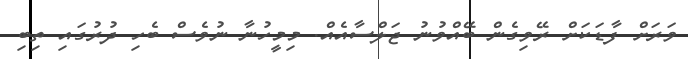
ވަރަށް ފާޑަކަށް ރޭވިގެން ބޭއްވުނު ޖަލްސާއެއް. މިމީހުނާ ނުވެސް ބެހި ދުރުގައި ތިބި